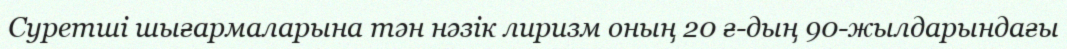
Суретші шығармаларына тән нәзік лиризм оның 20 ғ-дың 90-жылдарындағы